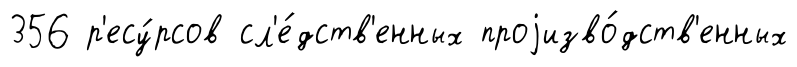
356 р'есу́рсов сл'е́дств'енных проjизво́дств'енных